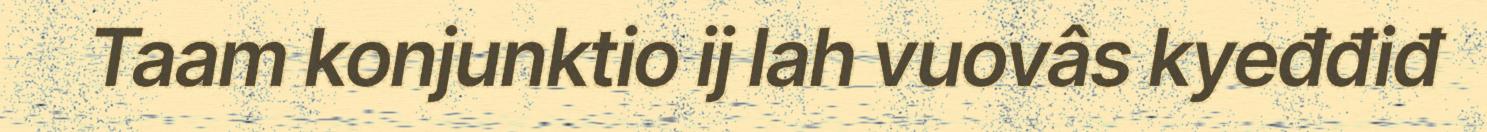
Taam konjunktio ij lah vuovâs kyeđđiđ